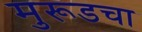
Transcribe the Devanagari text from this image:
मुरूडचा